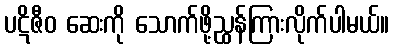
ပဋိဇီဝ ဆေးကို သောက်ဖို့ညွှန်ကြားလိုက်ပါမယ်။